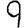
Digit: 9